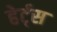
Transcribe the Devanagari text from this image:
हेर्ट्‌स